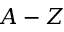
A - Z